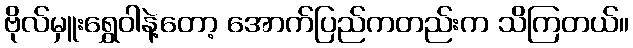
ဗိုလ်မှူးရွှေဝါနဲ့တော့ အောက်ပြည်ကတည်းက သိကြတယ်။